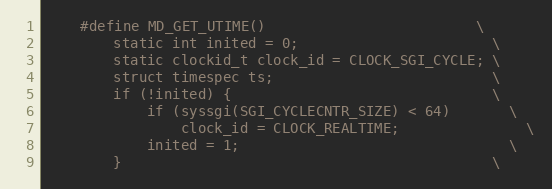
Language: C
    #define MD_GET_UTIME()                         \
        static int inited = 0;                       \
        static clockid_t clock_id = CLOCK_SGI_CYCLE; \
        struct timespec ts;                          \
        if (!inited) {                               \
            if (syssgi(SGI_CYCLECNTR_SIZE) < 64)       \
                clock_id = CLOCK_REALTIME;               \
            inited = 1;                                \
        }                                            \